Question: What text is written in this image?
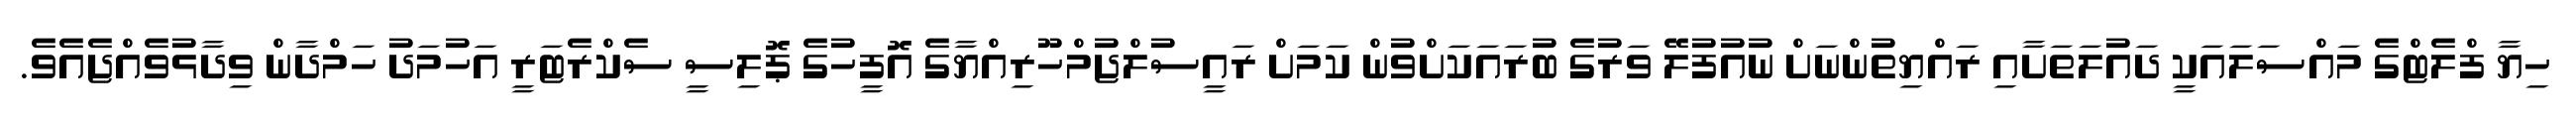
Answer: ހިޔާ ފްލެޓްގެ މައްސަލައަކީ ދައުލަތަށާއި ރައްޔިތުންނަށް ނުއުފުލޭ ވަރުގެ ބުރައަކަށްވުން ކަމަށް ރައީސުލްޖުމްހޫރިއްޔާގެ އޮފީހުގެ ޕޮލިސީ ސެކްރެޓަރީ އަހުމަދު ހަމްދާން ވިދާޅުވެއްޖެއެވެ.